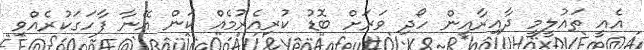
އެއީ ތައުލީމީ ދާއިރާއިން ހޯދި ވަރަށް ބޮޑު ކުރިއެރުމެއް ކަން އޭނާ ފާހަގަކުރެއްވި